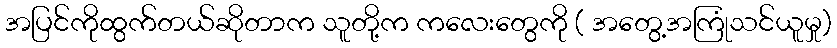
အပြင်ကိုထွက်တယ်ဆိုတာက သူတို့က ကလေးတွေကို ( အတွေ့အကြုံသင်ယူမှု)